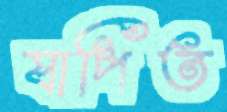
যাপিত